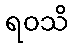
ရဝသိ